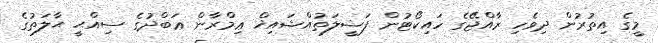
މީގެ އިތުރުން ދިވެހި ރާއްޖޭގެ ހައިކޯޓުން ފަޟީލަތުއްޝައިޚް ޢިމްރާން ޢަބްދުގެ ސިއްޙީ ޙާލަތުގެ